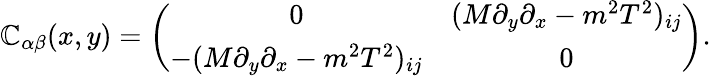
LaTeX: \mathbb{C}_{\alpha\beta}(x,y)=\left(\begin{array}{cc}{{0}}&{{(M\partial_{y}\partial_{x}-m^{2}T^{2})_{ij}}}\\ {{-(M\partial_{y}\partial_{x}-m^{2}T^{2})_{ij}}}&{{0}}\end{array}\right).